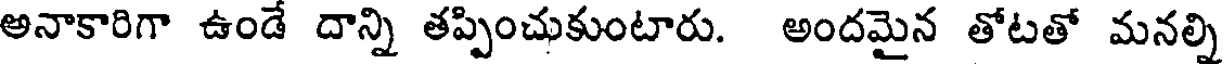
అనాకారిగా ఉండే దాన్ని తప్పించుకుంటారు. అందమైన తోటతో మనల్ని